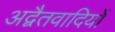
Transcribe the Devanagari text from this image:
अद्वैतवादियों